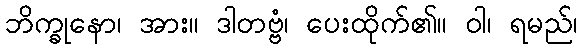
ဘိက္ခုနော၊ အား။ ဒါတဗ္ဗံ၊ ပေးထိုက်၏။ ဝါ၊ ရမည်၊